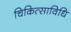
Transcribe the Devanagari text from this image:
चिकित्साविधि